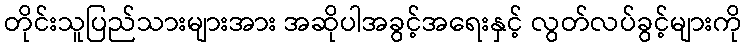
တိုင်းသူပြည်သားများအား အဆိုပါအခွင့်အရေးနှင့် လွတ်လပ်ခွင့်များကို